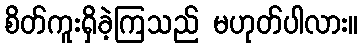
စိတ်ကူးရှိခဲ့ကြသည် မဟုတ်ပါလား။